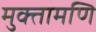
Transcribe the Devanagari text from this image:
मुक्तामणि